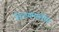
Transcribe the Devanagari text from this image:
विन्ध्यमालीय